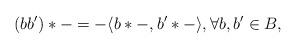
LaTeX: \begin{align*}(bb') \ast - = - \langle b\ast - ,b'\ast - \rangle, \forall b,b' \in B,\end{align*}